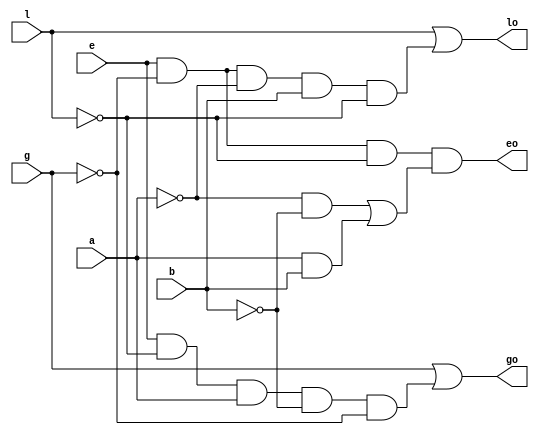
`timescale 1ns / 1ps
//////////////////////////////////////////////////////////////////////////////////
// Company: 
// Engineer: 
// 
// Design Name: 
// Module Name:    comparator 
// Project Name: 
// Target Devices: 
// Tool versions: 
// Description: 
//
// Dependencies: 
//
// Revision: 
// Revision 0.01 - File Created
// Additional Comments: 
//
//////////////////////////////////////////////////////////////////////////////////
module comparator(a, b, l, e, g, lo, eo, go);
input a, b, l, e, g;
output lo, eo, go;
wire lo, eo, go;

assign go = g | (e & (~l) & a & (~b) & (~g));
assign lo = l | (e & (~g) & (~a) & b & (~l));
assign eo = e & (~g) & (~l) & (((~a) & (~b)) | (a & b));

endmodule